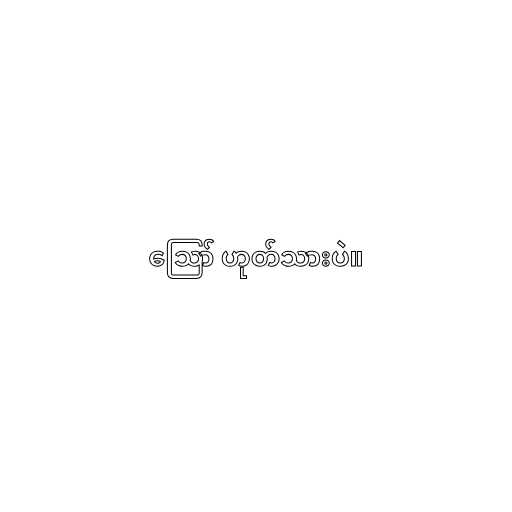
ဪ ဟုတ်သားပဲ။